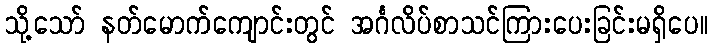
သို့သော် နတ်မောက်ကျောင်းတွင် အင်္ဂလိပ်စာသင်ကြားပေးခြင်းမရှိပေ။